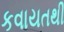
કવાયતથી